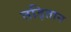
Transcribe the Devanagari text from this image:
तड़ितान